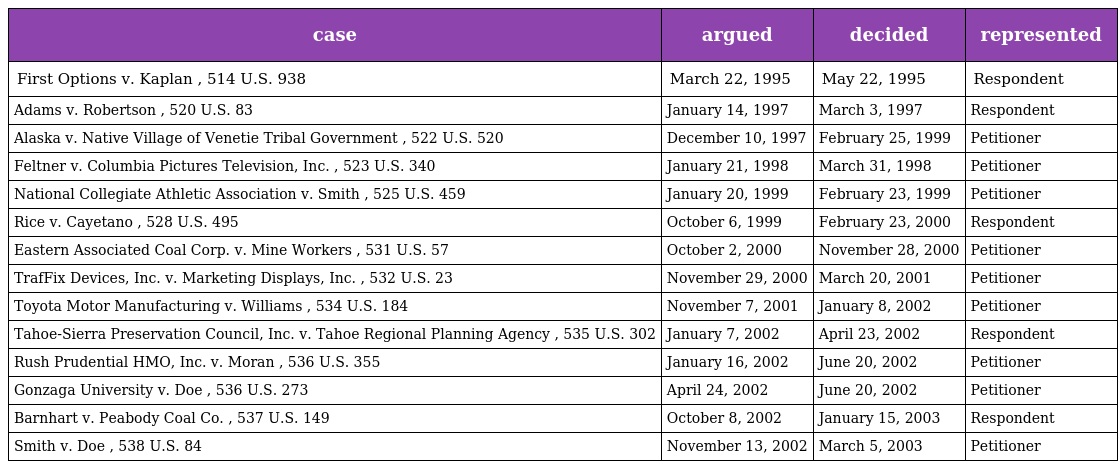
| case | argued | decided | represented |
 | --- | --- | --- | --- |
 | First Options v. Kaplan , 514 U.S. 938 | March 22, 1995 | May 22, 1995 | Respondent |
 | Adams v. Robertson , 520 U.S. 83 | January 14, 1997 | March 3, 1997 | Respondent |
 | Alaska v. Native Village of Venetie Tribal Government , 522 U.S. 520 | December 10, 1997 | February 25, 1999 | Petitioner |
 | Feltner v. Columbia Pictures Television, Inc. , 523 U.S. 340 | January 21, 1998 | March 31, 1998 | Petitioner |
 | National Collegiate Athletic Association v. Smith , 525 U.S. 459 | January 20, 1999 | February 23, 1999 | Petitioner |
 | Rice v. Cayetano , 528 U.S. 495 | October 6, 1999 | February 23, 2000 | Respondent |
 | Eastern Associated Coal Corp. v. Mine Workers , 531 U.S. 57 | October 2, 2000 | November 28, 2000 | Petitioner |
 | TrafFix Devices, Inc. v. Marketing Displays, Inc. , 532 U.S. 23 | November 29, 2000 | March 20, 2001 | Petitioner |
 | Toyota Motor Manufacturing v. Williams , 534 U.S. 184 | November 7, 2001 | January 8, 2002 | Petitioner |
 | Tahoe-Sierra Preservation Council, Inc. v. Tahoe Regional Planning Agency , 535 U.S. 302 | January 7, 2002 | April 23, 2002 | Respondent |
 | Rush Prudential HMO, Inc. v. Moran , 536 U.S. 355 | January 16, 2002 | June 20, 2002 | Petitioner |
 | Gonzaga University v. Doe , 536 U.S. 273 | April 24, 2002 | June 20, 2002 | Petitioner |
 | Barnhart v. Peabody Coal Co. , 537 U.S. 149 | October 8, 2002 | January 15, 2003 | Respondent |
 | Smith v. Doe , 538 U.S. 84 | November 13, 2002 | March 5, 2003 | Petitioner |